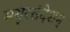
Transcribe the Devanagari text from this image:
मयूरसंदेशम्